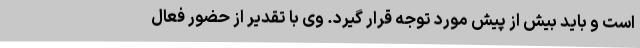
است و باید بیش از پیش مورد توجه قرار گیرد. وی با تقدیر از حضور فعال